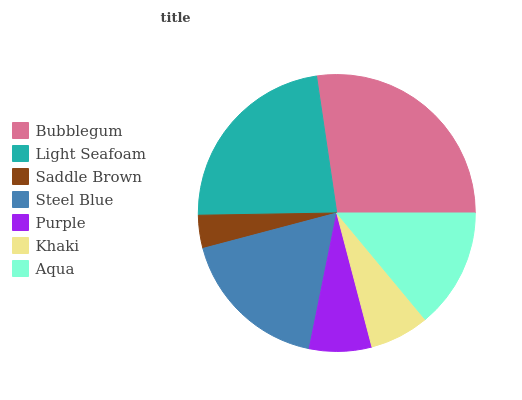
| Bubblegum | Light Seafoam | Saddle Brown | Steel Blue | Purple | Khaki | Aqua |
 | --- | --- | --- | --- | --- | --- | --- |
 | 27.4% | 22.9% | 3.85% | 17.7% | 7.27% | 6.94% | 14% |